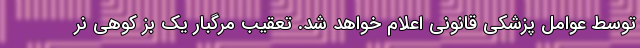
توسط عوامل پزشکی قانونی اعلام خواهد شد. تعقیب مرگبار یک بز کوهی نر